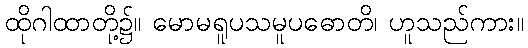
ထိုဂါထာတို့၌။ မောမရူပသမူပဓောတိ၊ ဟူသည်ကား။